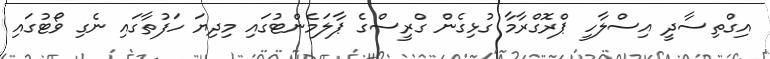
އިގްތިސާދީ އިސްލާހީ ޕްރޮގްރާމާ ގުޅިގެން ގްރީސްގެ ޕާލަމެންޓުގައި މިދިޔަ ހަފުތާގައި ނެގި ވޯޓުގައި